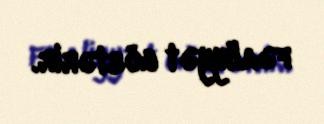
fəaliyyət göstərir.